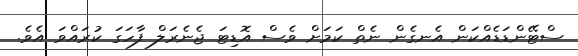
ސްޓޭންޑަޑެއްކަން އެނގެން ނެތް ކަމަށް ވެސް އޮޑިޓަ ޖެނެރަލް ފާހަގަ ކުރައްވަ އެވެ.